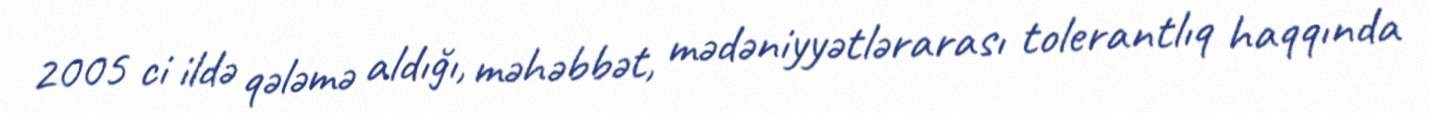
2005 ci ildə qələmə aldığı, məhəbbət, mədəniyyətlərarası tolerantlıq haqqında